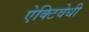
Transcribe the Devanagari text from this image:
ऐक्टिवेधी